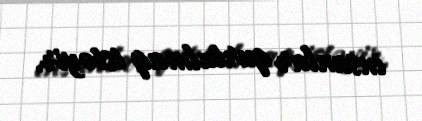
insanlar qurtulmaq istəyir.